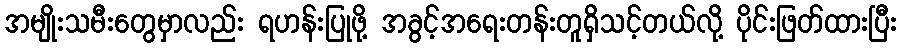
အမျိုးသမီးတွေမှာလည်း ရဟန်းပြုဖို့ အခွင့်အရေးတန်းတူရှိသင့်တယ်လို့ ပိုင်းဖြတ်ထားပြီး